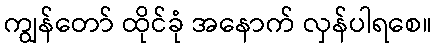
ကျွန်တော် ထိုင်ခုံ အနောက် လှန်ပါရစေ။